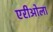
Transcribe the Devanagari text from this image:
एरीओला